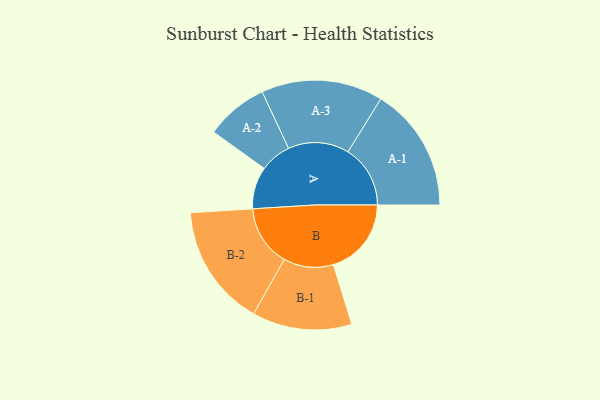
{"axis": {"x": "Segment", "y": "Value"}, "legend": ["", "A", "B"], "data": [{"x": "A", "y": 199, "type": ""}, {"x": "B", "y": 369, "type": ""}, {"x": "A-1", "y": 295, "type": "A"}, {"x": "A-2", "y": 148, "type": "A"}, {"x": "A-3", "y": 288, "type": "A"}, {"x": "B-1", "y": 236, "type": "B"}, {"x": "B-2", "y": 289, "type": "B"}]}